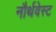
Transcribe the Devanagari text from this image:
नौर्थवेस्ट